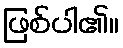
ဖြစ်ပါ၏။